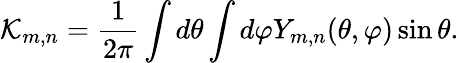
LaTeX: \mathcal K_{m,n}=\frac{1}{2\pi}\int d\theta\int d\varphi Y_{m,n}(\theta,\varphi)\sin\theta.